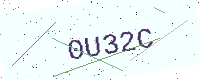
Text: 0U32C